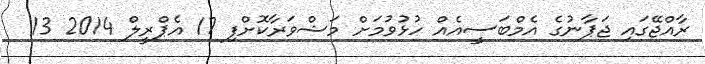
ރާއްޖޭގައި ޖަޕާނުގެ އެމްބަސީއެއް ހުޅުވުމަށް މަޝްވަރާކޮށްފި 17 އެޕްރީލް 2014 13